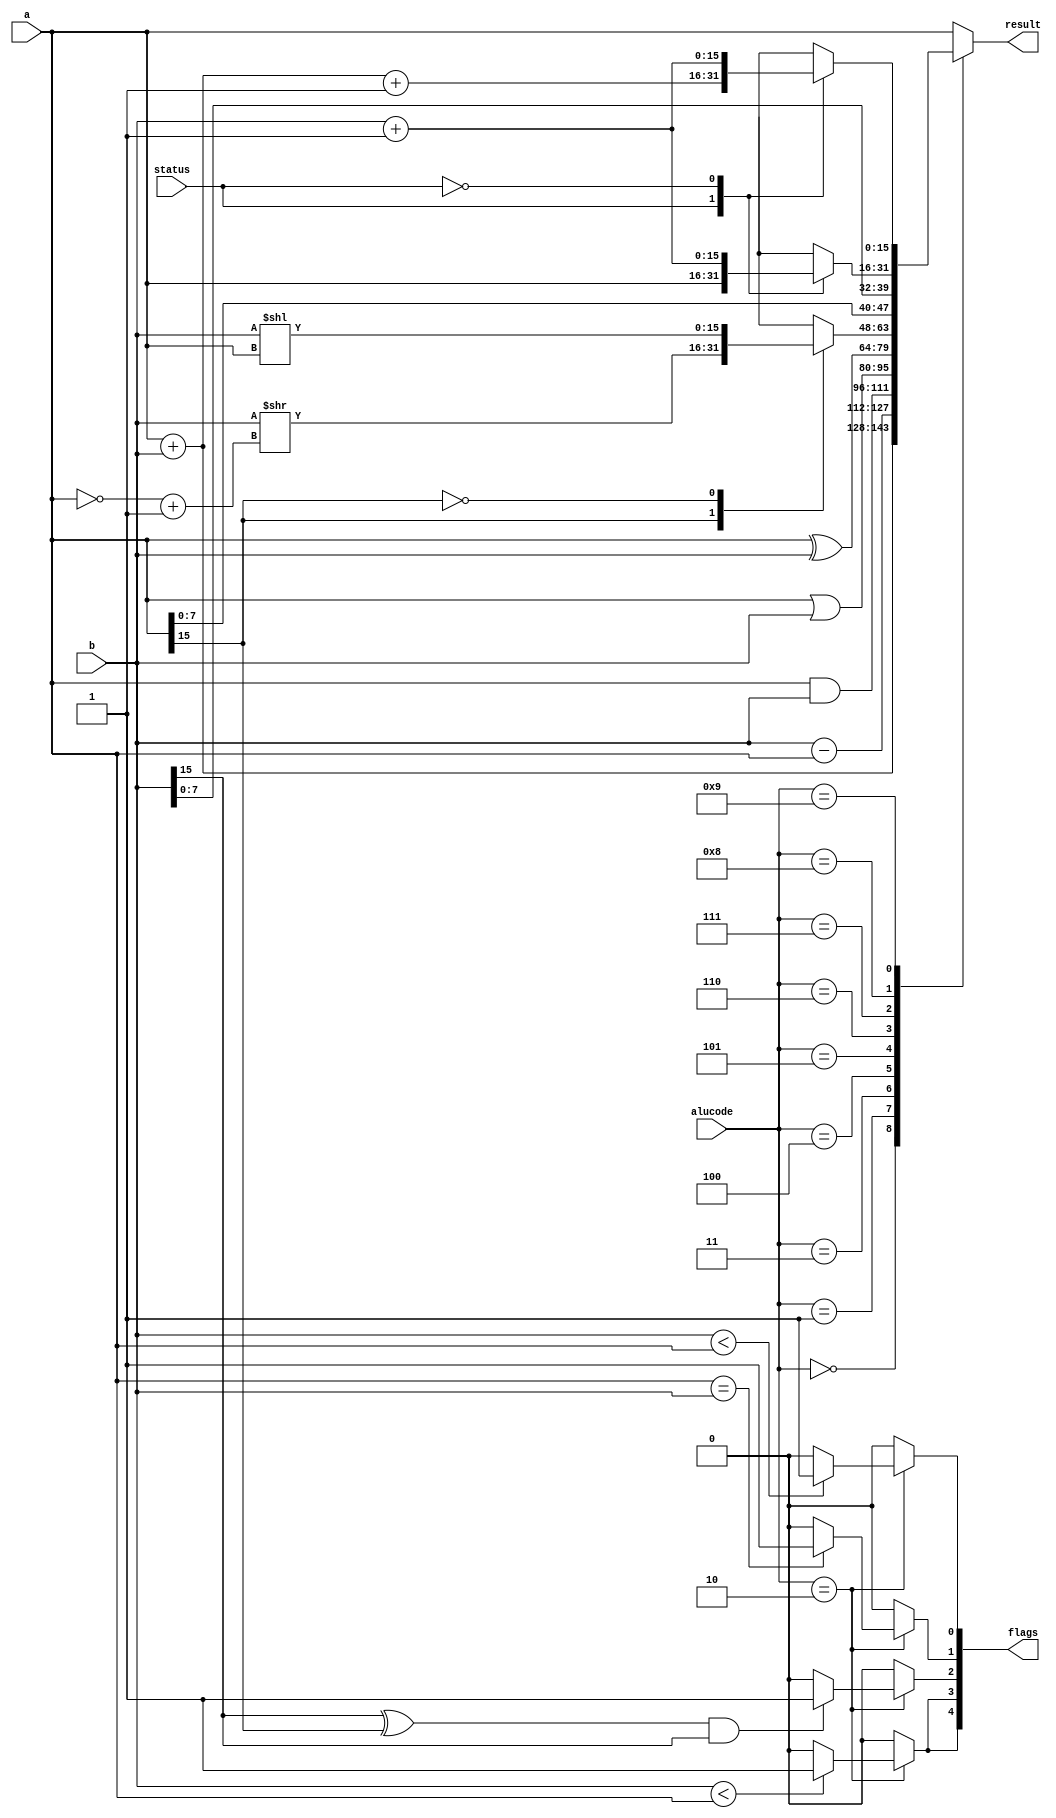
module Alu #(parameter WIDTH = 16)(
	 input [WIDTH-1:0] a, b,
	 input [3:0] alucode,
	 input status,
	 output reg [WIDTH-1:0] result,
	 output reg [4:0] flags
);

	 
//	 reg [WIDTH-1:0] memory [0:65535]; // Assuming 16-bit data and 64K (65536) memory locations	 
//	 Why is this here ^ 
//           4 3 2 1 0
// PSR ===== C L F Z N
	 always @(*)
		 case (alucode)
		 		4'b0000: begin 
							result <= a + b;
							flags <= 5'b00000;
							end		// Reg ADD
				4'b0001: begin
							result <= b - a;
							flags <= 5'b00000;
							end// Reg SUB
				4'b0010:						  // Reg CMP
					begin
						result <= a;
					   flags[0] <= ($signed(b) < $signed(a)) ?  1'b1 :  1'b0;
						flags[1] <= a == b ?  1'b1 :  1'b0; 
						flags[2] <=(b[15] ^ a[15] && b[15] != 0)  ?  1'b1 :  1'b0;
						flags[3] <= b < a ?  1'b1 :  1'b0;
						flags[4] <= b < a ? 1'b1 :  1'b0;
					end
				4'b0011: begin
							result <= a & b;	
							flags <= 5'b00000;
							end		// Reg AND
							
				4'b0100: begin
							result <= a | b;		
							flags <= 5'b00000;
							end		// Reg OR
							
				4'b0101: begin 
							result <= a ^ b;		
							flags <= 5'b00000;
							end			// Reg XOR
							
				//4'b0110: result <= (a <= b);	// Reg MOV -- this just becomes default as move
				4'b0110: begin 
						flags<= 5'b00000;
						case(a[15])           
									1: result <= b >> (~a + 1'b1);
									0: result <= b  << a;
									endcase
						end 		   // Reg LSH
						
				4'b0111: begin
							result <= {a[7:0], b[7:0]};
							flags <= 5'b00000;
							end// LUI
				
				4'b1000:                             //JCond
			   begin	
						flags<= 5'b00000;
						case(status)           
							1: result <= a;
							0: result <= b + 1'b1;
						endcase 
				end 
				
			   4'b1001: 
				begin 
							flags<= 5'b00000;
							case(status)
							1: result <= b + a + 1'b1;
							0: result <= b + 1'b1;
							endcase
				end
				default: begin
				flags<= 5'b00000;
				result <= a; 				// Checks(everything else that just returns a)
				end
//				4'b1001: result <= a; // Load
//				4'b1010:							 // Store
//					begin
//						  // Store the value 'b' into memory at address 'a'
//				        a <= b;
//						  // Indicate a successful store operation
//						  result <= 16'b0000000000000000;
//					end
//				4'b1011:
//					begin									// BCond
//						if (a==1) // Replace 'condition' with your actual condition
//						  result <= result + b; //Branch taken
//						else
//						  result <= result + 1; // Branch not taken
//						end
//				4'b1100:						   // JCond
//						begin
//						if () //Replace 'condition' with your actual condition
//							result <= b; //Jump taken
//						else
//							result <= a; // Jump not taken
//						end
//				4'b1101:							// JAL
//					   begin
//						  // Save the address of the next instruction into the link register (R31)
//						  // Assuming that you have a dedicated link register (R31), you can do something like this:
//						  result <= a + 1; // Save the address of the next instruction				  
						//end
			endcase
endmodule